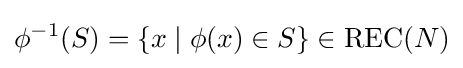
\phi ^{-1}(S)=\{x\mid \phi (x)\in S\}\in \mathrm {REC} (N)